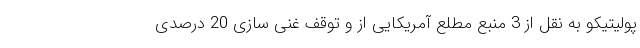
پولیتیکو به نقل از 3 منبع مطلع آمریکایی از و توقف غنی سازی 20 درصدی